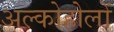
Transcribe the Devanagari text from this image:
अल्कोहोलों